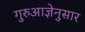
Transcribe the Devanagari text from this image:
गुरुआज्ञेनुसार